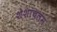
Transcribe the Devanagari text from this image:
शेशाचलम